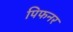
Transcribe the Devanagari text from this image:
पिफनर